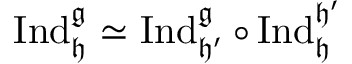
\operatorname { I n d } _ { \mathfrak { h } } ^ { \mathfrak { g } } \simeq \operatorname { I n d } _ { \mathfrak { h ^ { \prime } } } ^ { \mathfrak { g } } \circ \operatorname { I n d } _ { \mathfrak { h } } ^ { \mathfrak { h ^ { \prime } } }